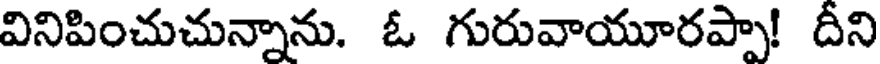
వినిపించుచున్నాను. ఓ గురువాయూరప్పా! దీని